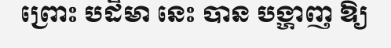
ព្រោះ បដិមា នេះ បាន បង្ហាញ ឱ្យ